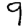
Digit: 9